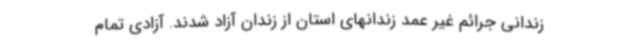
زندانی جرائم غیر عمد زندانهای استان از زندان آزاد شدند. آزادی تمام